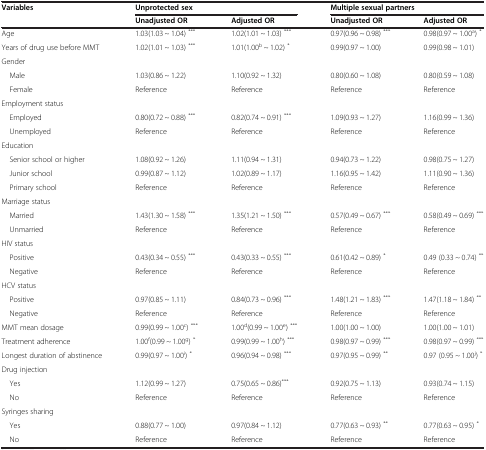
<table><thead><tr><td rowspan="2"><b>Variables</b></td><td colspan="2"><b>Unprotected sex</b></td><td colspan="2"><b>Multiple sexual partners</b></td></tr><tr><td><b>Unadjusted OR</b></td><td><b>Adjusted OR</b></td><td><b>Unadjusted OR</b></td><td><b>Adjusted OR</b></td></tr></thead><tbody><tr><td>Age</td><td>1.03(1.03 ~ 1.04) <sup>***</sup></td><td>1.02(1.01 ~ 1.03) <sup>***</sup></td><td>0.97(0.96 ~ 0.98) <sup>***</sup></td><td>0.98(0.97 ~ 1.00<sup>a</sup>) <sup>*</sup></td></tr><tr><td>Years of drug use before MMT</td><td>1.02(1.01 ~ 1.03) <sup>***</sup></td><td>1.01(1.00<sup>b</sup> ~ 1.02) <sup>*</sup></td><td>0.99(0.97 ~ 1.00)</td><td>0.99(0.98 ~ 1.01)</td></tr><tr><td>Gender</td><td> </td><td> </td><td> </td><td> </td></tr><tr><td> Male</td><td>1.03(0.86 ~ 1.22)</td><td>1.10(0.92 ~ 1.32)</td><td>0.80(0.60 ~ 1.08)</td><td>0.80(0.59 ~ 1.08)</td></tr><tr><td> Female</td><td>Reference</td><td>Reference</td><td>Reference</td><td>Reference</td></tr><tr><td>Employment status</td><td> </td><td> </td><td> </td><td> </td></tr><tr><td> Employed</td><td>0.80(0.72 ~ 0.88) <sup>***</sup></td><td>0.82(0.74 ~ 0.91) <sup>***</sup></td><td>1.09(0.93 ~ 1.27)</td><td>1.16(0.99 ~ 1.36)</td></tr><tr><td> Unemployed</td><td>Reference</td><td>Reference</td><td>Reference</td><td>Reference</td></tr><tr><td>Education</td><td> </td><td> </td><td> </td><td> </td></tr><tr><td> Senior school or higher</td><td>1.08(0.92 ~ 1.26)</td><td>1.11(0.94 ~ 1.31)</td><td>0.94(0.73 ~ 1.22)</td><td>0.98(0.75 ~ 1.27)</td></tr><tr><td> Junior school</td><td>0.99(0.87 ~ 1.12)</td><td>1.02(0.89 ~ 1.17)</td><td>1.16(0.95 ~ 1.42)</td><td>1.11(0.90 ~ 1.36)</td></tr><tr><td> Primary school</td><td>Reference</td><td>Reference</td><td>Reference</td><td>Reference</td></tr><tr><td>Marriage status</td><td> </td><td> </td><td> </td><td> </td></tr><tr><td> Married</td><td>1.43(1.30 ~ 1.58) <sup>***</sup></td><td>1.35(1.21 ~ 1.50) <sup>***</sup></td><td>0.57(0.49 ~ 0.67) <sup>***</sup></td><td>0.58(0.49 ~ 0.69) <sup>***</sup></td></tr><tr><td> Unmarried</td><td>Reference</td><td>Reference</td><td>Reference</td><td>Reference</td></tr><tr><td>HIV status</td><td> </td><td> </td><td> </td><td> </td></tr><tr><td> Positive</td><td>0.43(0.34 ~ 0.55) <sup>***</sup></td><td>0.43(0.33 ~ 0.55) <sup>***</sup></td><td>0.61(0.42 ~ 0.89) <sup>*</sup></td><td>0.49 (0.33 ~ 0.74) <sup>**</sup></td></tr><tr><td> Negative</td><td>Reference</td><td>Reference</td><td>Reference</td><td>Reference</td></tr><tr><td>HCV status</td><td> </td><td> </td><td> </td><td> </td></tr><tr><td> Positive</td><td>0.97(0.85 ~ 1.11)</td><td>0.84(0.73 ~ 0.96) <sup>***</sup></td><td>1.48(1.21 ~ 1.83) <sup>***</sup></td><td>1.47(1.18 ~ 1.84) <sup>**</sup></td></tr><tr><td> Negative</td><td>Reference</td><td>Reference</td><td>Reference</td><td>Reference</td></tr><tr><td>MMT mean dosage</td><td>0.99(0.99 ~ 1.00<sup>c</sup>) <sup>***</sup></td><td>1.00<sup>d</sup>(0.99 ~ 1.00<sup>e</sup>) <sup>***</sup></td><td>1.00(1.00 ~ 1.00)</td><td>1.00(1.00 ~ 1.01)</td></tr><tr><td>Treatment adherence</td><td>1.00<sup>f</sup>(0.99 ~ 1.00<sup>g</sup>) <sup>*</sup></td><td>0.99(0.99 ~ 1.00<sup>h</sup>) <sup>***</sup></td><td>0.98(0.97 ~ 0.99) <sup>***</sup></td><td>0.98(0.97 ~ 0.99) <sup>***</sup></td></tr><tr><td>Longest duration of abstinence</td><td>0.99(0.97 ~ 1.00<sup>i</sup>) <sup>*</sup></td><td>0.96(0.94 ~ 0.98) <sup>***</sup></td><td>0.97(0.95 ~ 0.99) <sup>**</sup></td><td>0.97 (0.95 ~ 1.00<sup>j</sup>) <sup>*</sup></td></tr><tr><td>Drug injection</td><td> </td><td> </td><td> </td><td> </td></tr><tr><td> Yes</td><td>1.12(0.99 ~ 1.27)</td><td>0.75(0.65 ~ 0.86)<sup>***</sup></td><td>0.92(0.75 ~ 1.13)</td><td>0.93(0.74 ~ 1.15)</td></tr><tr><td> No</td><td>Reference</td><td>Reference</td><td>Reference</td><td>Reference</td></tr><tr><td>Syringes sharing</td><td> </td><td> </td><td> </td><td> </td></tr><tr><td> Yes</td><td>0.88(0.77 ~ 1.00)</td><td>0.97(0.84 ~ 1.12)</td><td>0.77(0.63 ~ 0.93) <sup>**</sup></td><td>0.77(0.63 ~ 0.95) <sup>*</sup></td></tr><tr><td> No</td><td>Reference</td><td>Reference</td><td>Reference</td><td>Reference</td></tr></tbody></table>